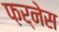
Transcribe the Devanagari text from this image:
फ़र्नेस